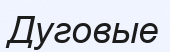
Дуговые